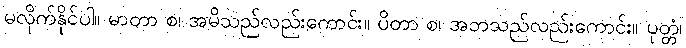
မလိုက်နိုင်ပါ။ မာတာ စ၊ အမိသည်လည်းကောင်း။ ပိတာ စ၊ အဘသည်လည်းကောင်း။ ပုတ္တံ၊